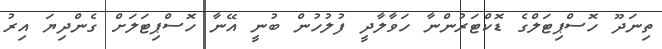
ތިނަދޫ ހޮސްޕިޓަލްގެ ޑޮކްޓަރުންނާ ހަވާލާދީ ފުލުހުން ބުނީ އޭނާ ހޮސްޕިޓަލަށް ގެންދިޔަ އިރު